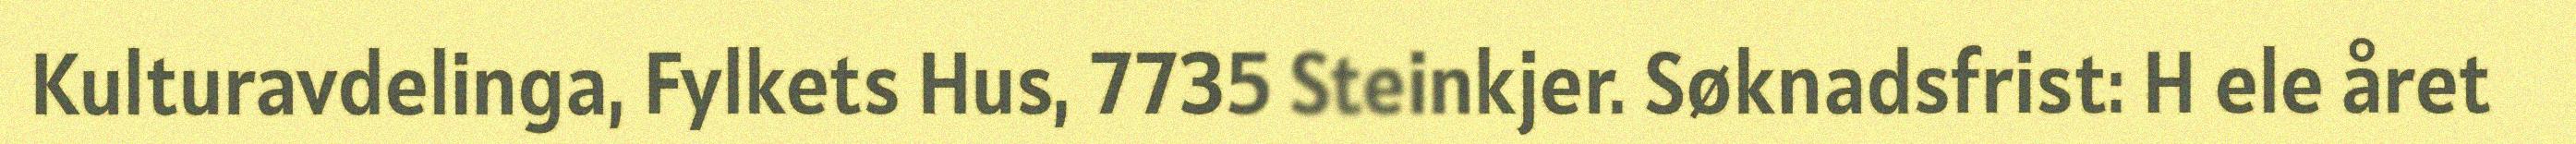
Kulturavdelinga, Fylkets Hus, 7735 Steinkjer. Søknadsfrist: H ele året